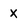
Character: X